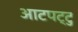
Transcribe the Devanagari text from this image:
आटपट्टु